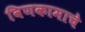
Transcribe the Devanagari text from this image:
विणकामाचे